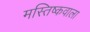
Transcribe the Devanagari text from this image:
मस्तिष्कवाला